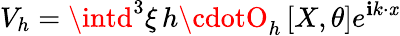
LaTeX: V_{h}=\intd^{3}\xi\, h\cdotO_{h}\left[X,\theta\right]e^{\mathbf{i}k\cdot\mathit{x}}